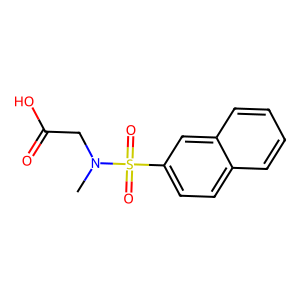
SMILES: CN(CC(=O)O)S(=O)(=O)c1ccc2ccccc2c1
Inhibits HIV replication: No